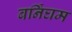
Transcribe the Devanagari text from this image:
बर्निंघम